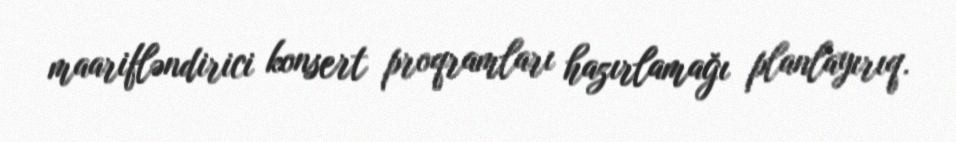
maarifləndirici konsert proqramları hazırlamağı planlayırıq.